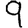
Digit: 9